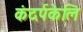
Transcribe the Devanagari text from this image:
कंदर्पकेलि